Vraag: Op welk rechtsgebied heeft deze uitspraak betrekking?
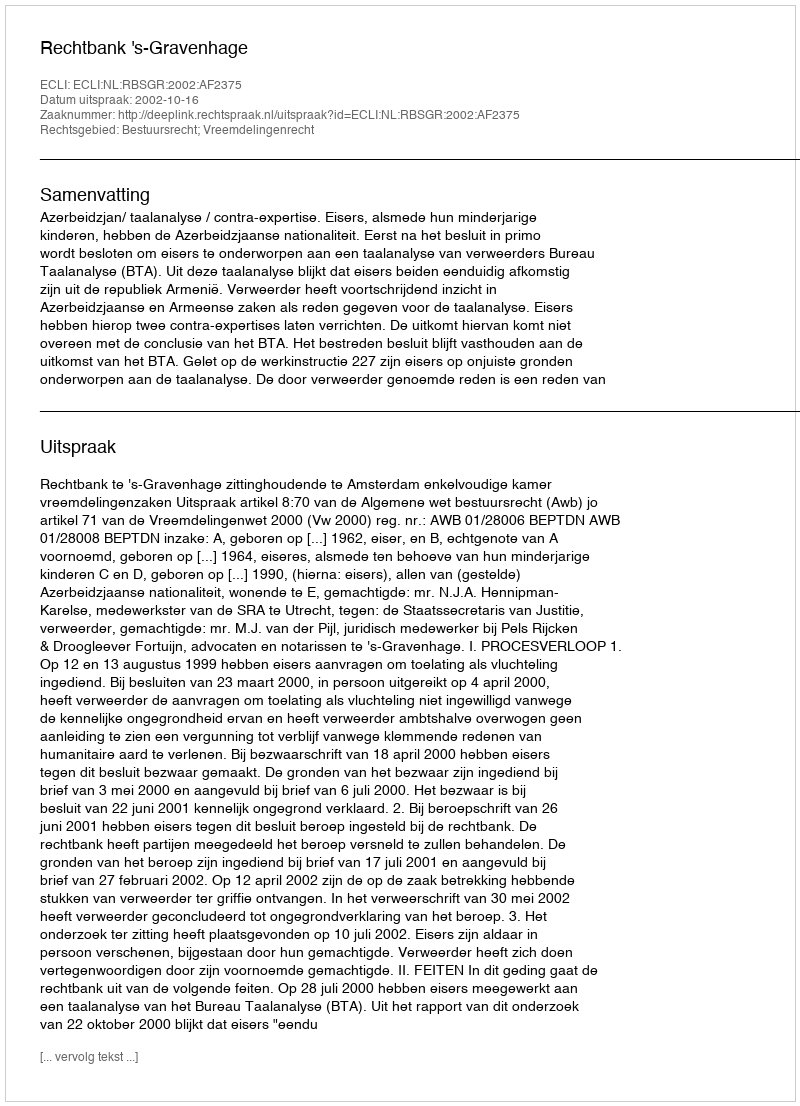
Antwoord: Bestuursrecht; Vreemdelingenrecht